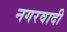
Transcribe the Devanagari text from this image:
नगरवादी